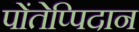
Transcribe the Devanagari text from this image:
पोंतेप्पिदान